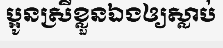
ប្អូនស្រីខ្លួនឯងឲ្យស្លាប់